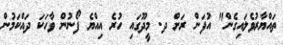
ތައްޔާރުވެލައިގެން" އުފަން ރަށް ދ. މީދޫގައި ހުރެ އިއްޔެ ފޯނުން ވާހަކަ ދައްކަމުން